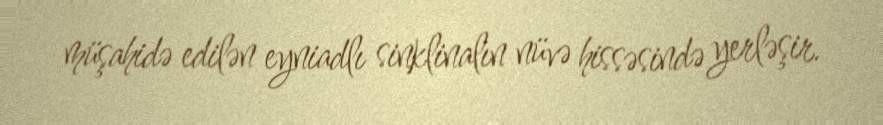
müşahidə edilən eyniadlı sinklinalın nüvə hissəsində yerləşir.